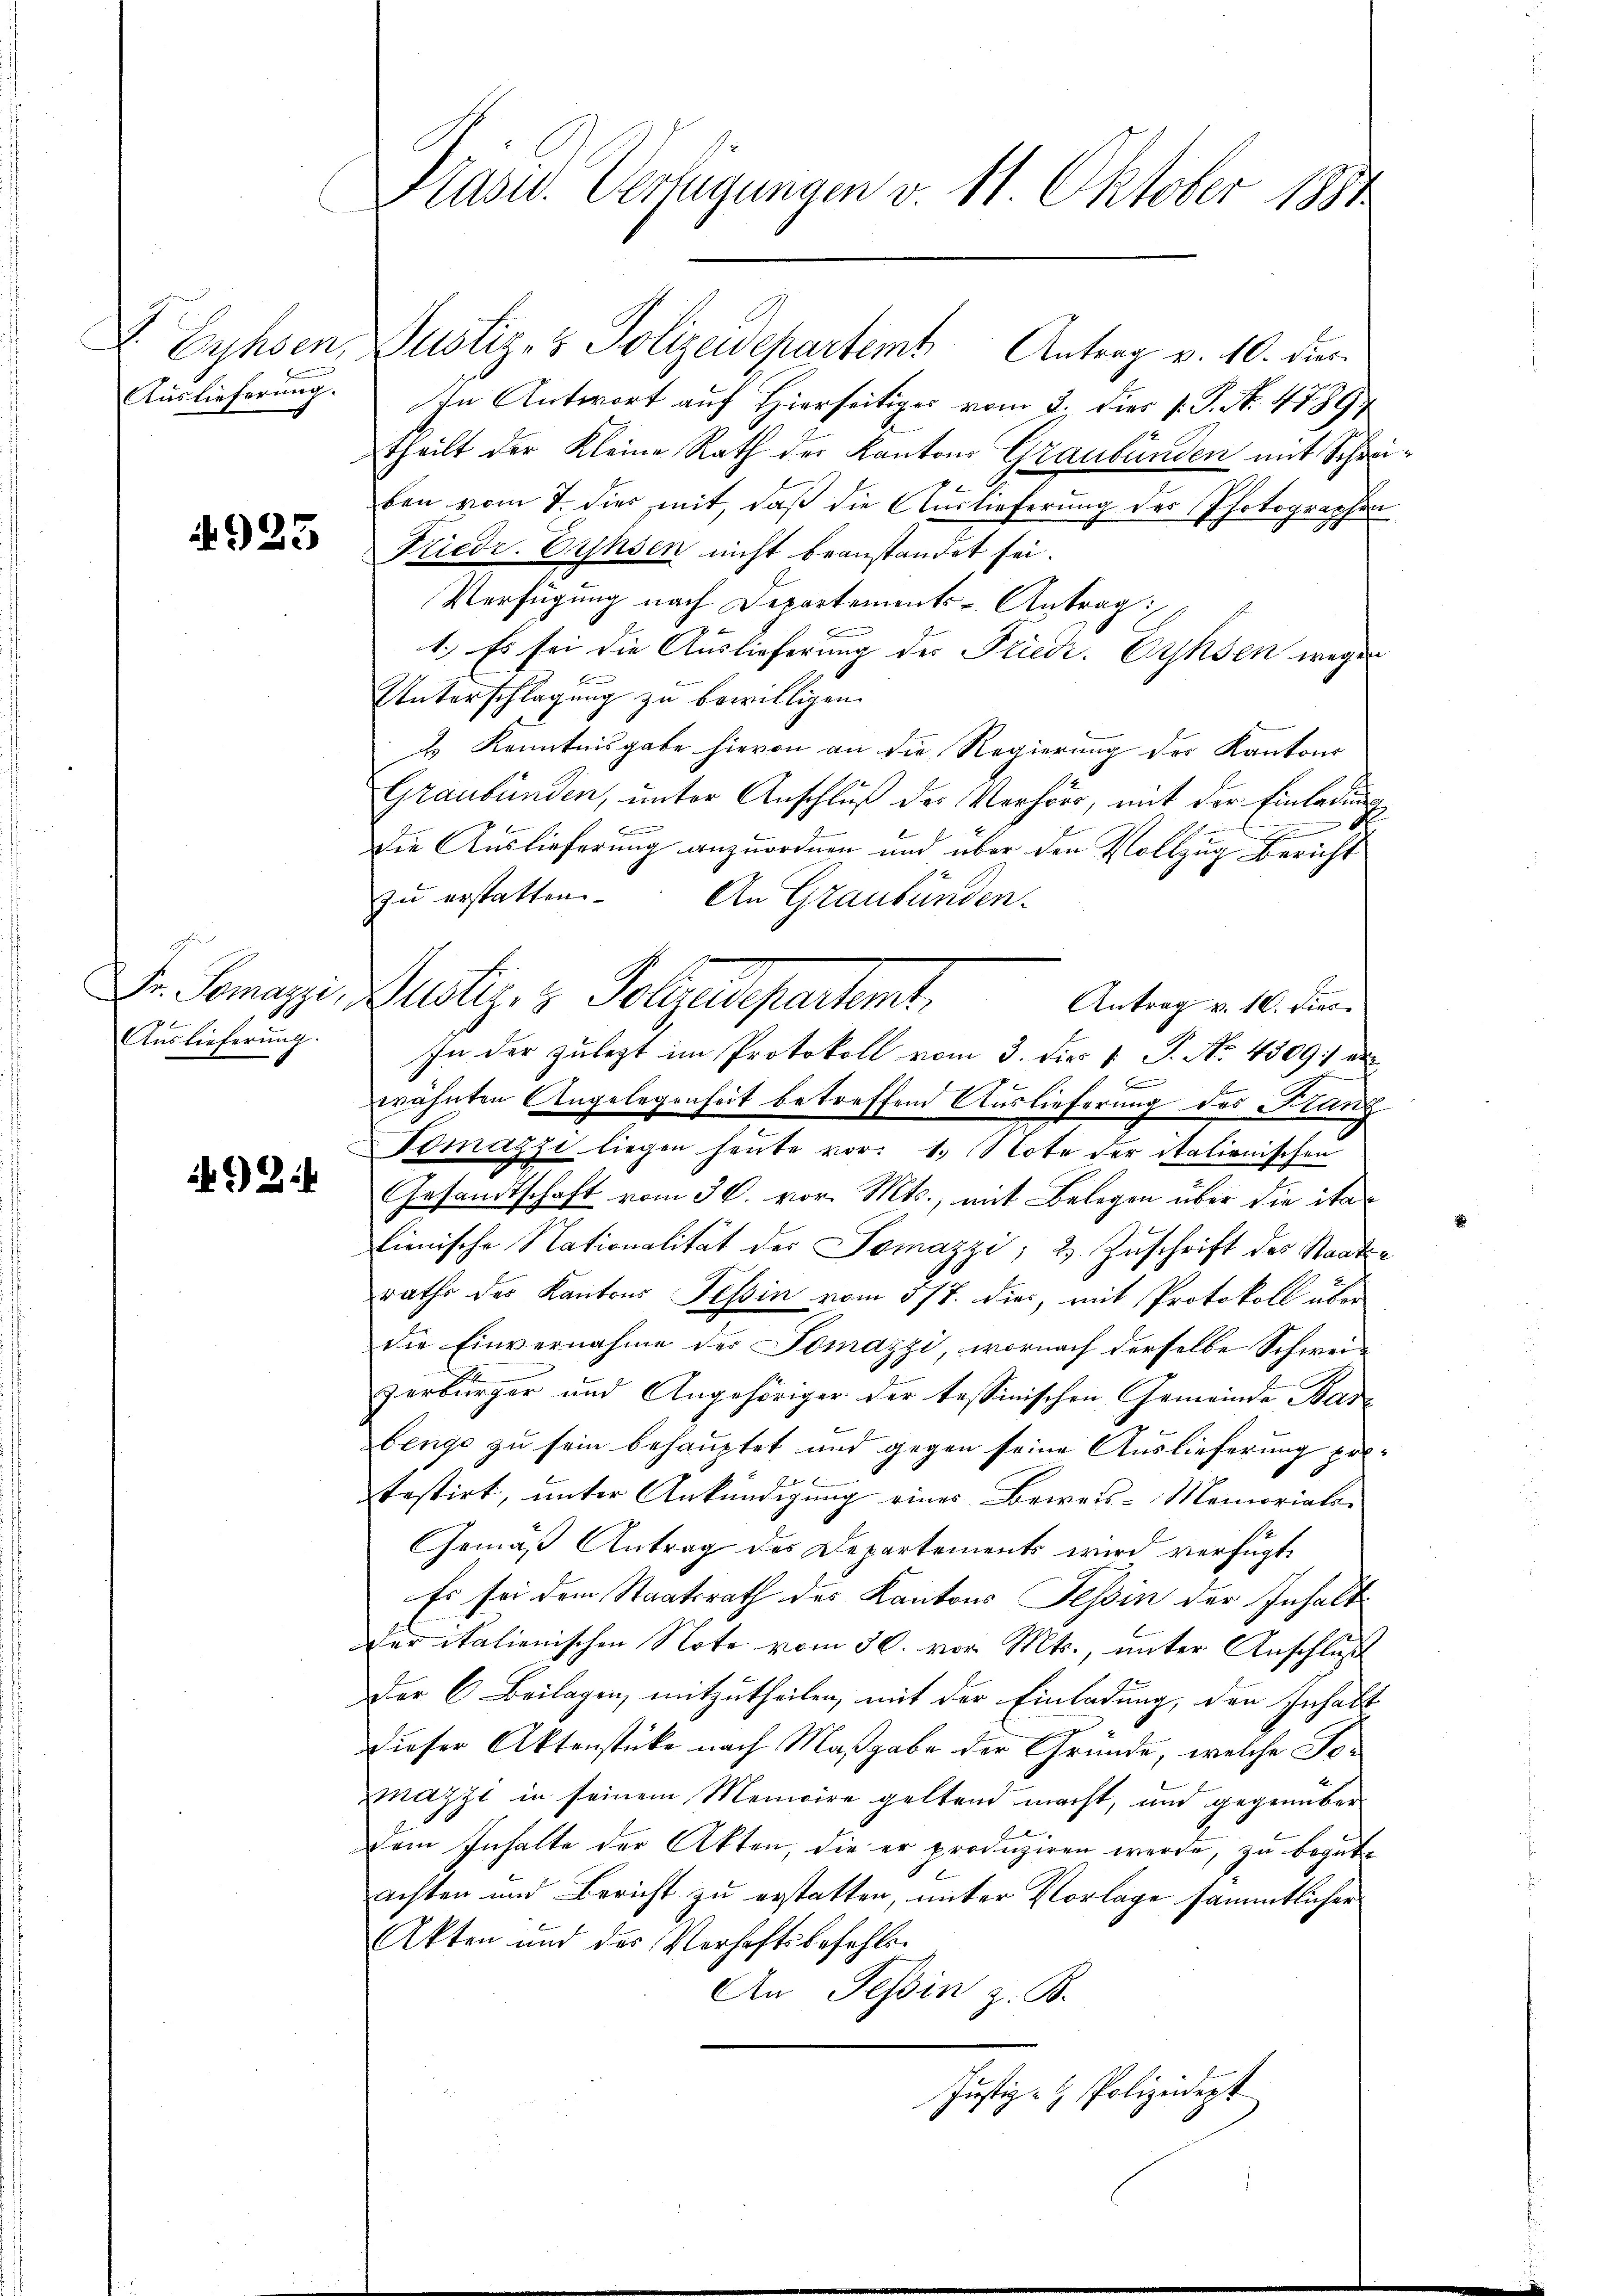
923

Auslieferung.

92:

I. Lyhsen, Justiz- & Polizeidepartemt Antrag v. 10. dur
Auslieferung. In Antwort auf Hierseitiges vom 3. dies v. P. No. 4789
theilt der Kleine Rath der Kantons Graubünden mit Schrei
ben vom 7. dies mit, daß die Auslieferung des Photographen
Niede. Einsen nicht beanstandet sei.
Verfügung nach Departements-Antrag:
1.) Es sei die Auslieferung der Friedr. Gypsen wegen
Unterschlagung zu bewilligen.
u Kenntnisgabe hievon an die Regierung der Kantons
Graubünden, unter Anschluß des Verhört, mit der Einladung
N
e
Die Auslieferung anzuordnen und über den Vollzug Bericht
zu erstatten.
An Graubünden.
Dr. Gemari, Justiz- & Poladepartemt.
Antrag v. 10. dies
In der zulegt im Protokoll vom 3. dies 1 S. No. 4309 de
F
wähnten Angelegenheit betreffend Auslieferung des Kanz
Tomázzi liegen heute vor: 1. Note der italienischen
Gesandtschaft vom 30. vor. Mts., mit Belegen über die italienische Nationalität der Somazzi; 2. Zuschrift des Staatsraths der Kantons Tessin vom 578. dies, mit Protokoll über
die Einvernahme des Tomazzi, wornach derselbe Schweizerbürger und Angehöriger der tessinischen Gemeinde Was-
benge zu sein behauptet und gegen seine Auslieferung pol¬
S
testirt, unter Ankündigung eines Beweis-Memorialer
Gemäß Antrag des Departements wird verfügt,
Es sei dem Staatsrath des Kantons Tessin der Inhaltcher italienischen Note vom 30. vor. Mts., unter Anschluß
Der C. Beilagen, mitzutheilen, mit der Einladung, den Inhalt
Dieser Aktenstücke nach Maßgabe der Gründe, welche To¬
Mazzi in seinem Memoire geltend macht, und gegenüber
dem Inhalte der Akten, die er produziren werde, zu begutachten und Bericht zu erstatten, unter Vorlage sämmtlicher
Akten und der Verhaftsbefehlen
An Tessin z. B.
Justiz- & Polizeidept

Präsid.. Verfügungen v. 11. Oktober 1891